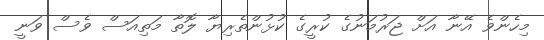
މިހެންވެ އޭނާ އަށް ޖަރުމަނުގެ ކުރީގެ ކުޅުންތެރިޔާ ލޮތާ މަތިއަސް ވެސް ވަނީ